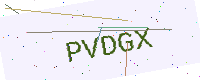
Text: PVDGX